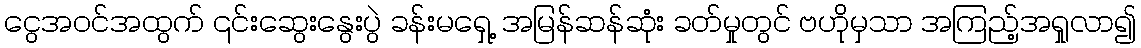
ငွေအဝင်အထွက် ၎င်းဆွေးနွေးပွဲ ခန်းမရှေ့ အမြန်ဆန်ဆုံး ခတ်မှုတွင် ဗဟိုမှသာ အကြည့်အရှုလာ၍